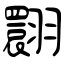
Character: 翾